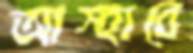
আস্হাবে